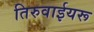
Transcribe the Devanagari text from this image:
तिरुवाईयरू